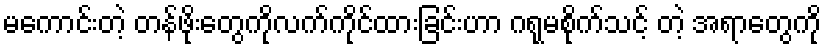
မကောင်းတဲ့ တန်ဖိုးတွေကိုလက်ကိုင်ထားခြင်းဟာ ဂရုမစိုက်သင့် တဲ့ အရာတွေကို